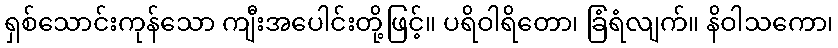
ရှစ်သောင်းကုန်သော ကျီးအပေါင်းတို့ဖြင့်။ ပရိဝါရိတော၊ ခြံရံလျက်။ နိဝါသကော၊